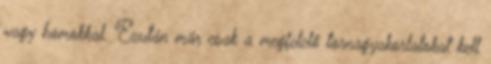
vagy homokkal. Ezután már csak a megfelelő tornagyakorlatokat kell